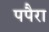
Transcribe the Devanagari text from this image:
पपैरा